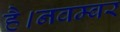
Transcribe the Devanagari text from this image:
है।नवम्बर